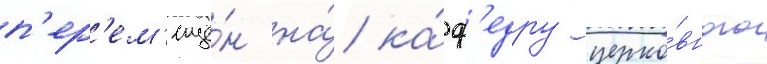
п'ер'ем'ещё́н на́ ка́ф'едру церко́вного